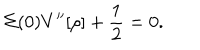
\Sigma ( 0 ) V ^ { \prime \prime } [ \rho ] + \frac { 1 } { 2 } = 0 .